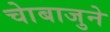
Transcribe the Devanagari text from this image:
चाेबाजुने